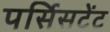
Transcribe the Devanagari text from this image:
पर्सिसटेंट